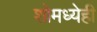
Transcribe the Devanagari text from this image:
शोमध्येही